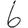
Digit: 6